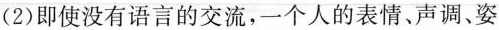
(2)即使没有语言的交流，一个人的表情、声调、姿